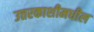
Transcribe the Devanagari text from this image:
उत्तरकाशीमधील